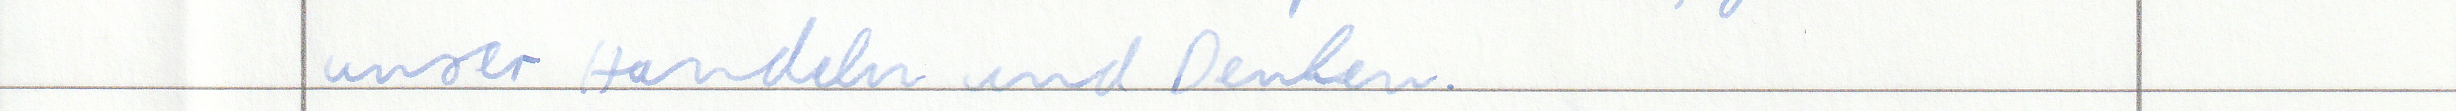
unser Handeln und Denken.